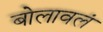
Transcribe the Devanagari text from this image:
बोलावलं